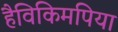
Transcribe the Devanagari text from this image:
हैविकिमपिया